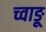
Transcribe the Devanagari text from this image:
च्वाङू